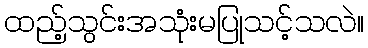
ထည့်သွင်းအသုံးမပြုသင့်သလဲ။